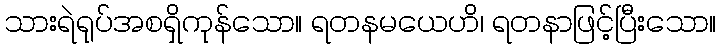
သားရဲရုပ်အစရှိကုန်သော။ ရတနမယေဟိ၊ ရတနာဖြင့်ပြီးသော။